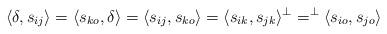
LaTeX: \begin{align*} \langle \delta ,s_{ij} \rangle = \langle s_{ko}, \delta \rangle = \langle s_{i j},s_{ko} \rangle = \langle s_{ik},s_{jk} \rangle^{\perp} =^{\perp} \langle s_{io},s_{jo} \rangle \end{align*}